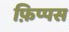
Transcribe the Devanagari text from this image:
फ़िप्पस